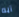
آبه